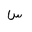
Letter: _sin